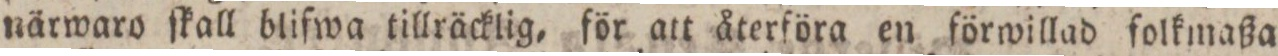
närwaro ſkall blifwa tillräcklig, för att återföra en förwillad folkmaßa